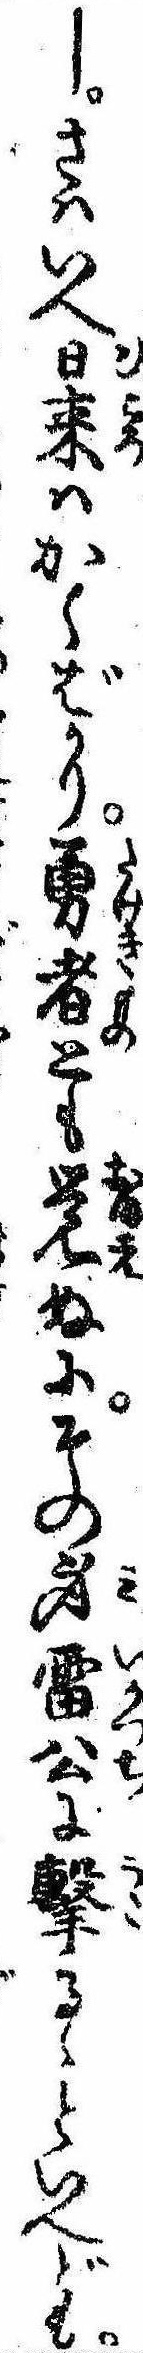
しさはいへ日来はかくばかり勇者とも覚ぬにその身雷公に撃るゝといへども